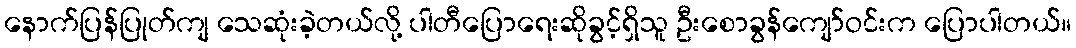
နောက်ပြန်ပြုတ်ကျ သေဆုံးခဲ့တယ်လို့ ပါတီပြောရေးဆိုခွင့်ရှိသူ ဦးစောခွန်ကျော်ဝင်းက ပြောပါတယ်။